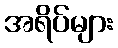
အရိပ်များ